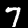
Label: 7